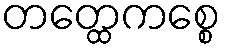
တတ္ထေကစ္စေ